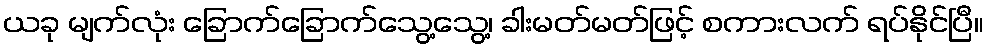
ယခု မျက်လုံး ခြောက်ခြောက်သွေ့သွေ့၊ ခါးမတ်မတ်ဖြင့် စကားလက် ရပ်နိုင်ပြီ။